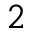
2